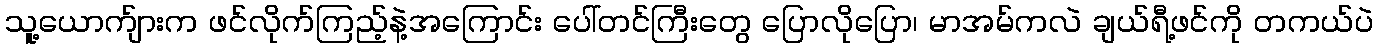
သူ့ယောက်ျားက ဖင်လိုက်ကြည့်နဲ့အကြောင်း ပေါ်တင်ကြီးတွေ ပြောလိုပြော၊ မာအမ်ကလဲ ချယ်ရီ့ဖင်ကို တကယ်ပဲ